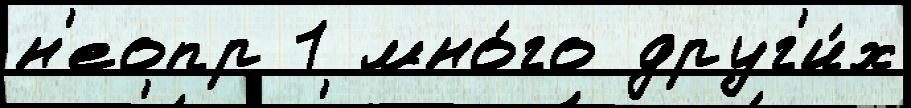
н'еопр 1 мно́го друг'и́х